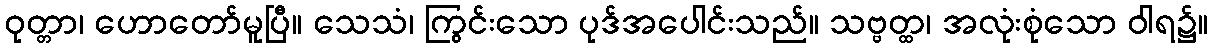
ဝုတ္တာ၊ ဟောတော်မူပြီ။ သေသံ၊ ကြွင်းသော ပုဒ်အပေါင်းသည်။ သဗ္ဗတ္ထ၊ အလုံးစုံသော ဝါရ၌။